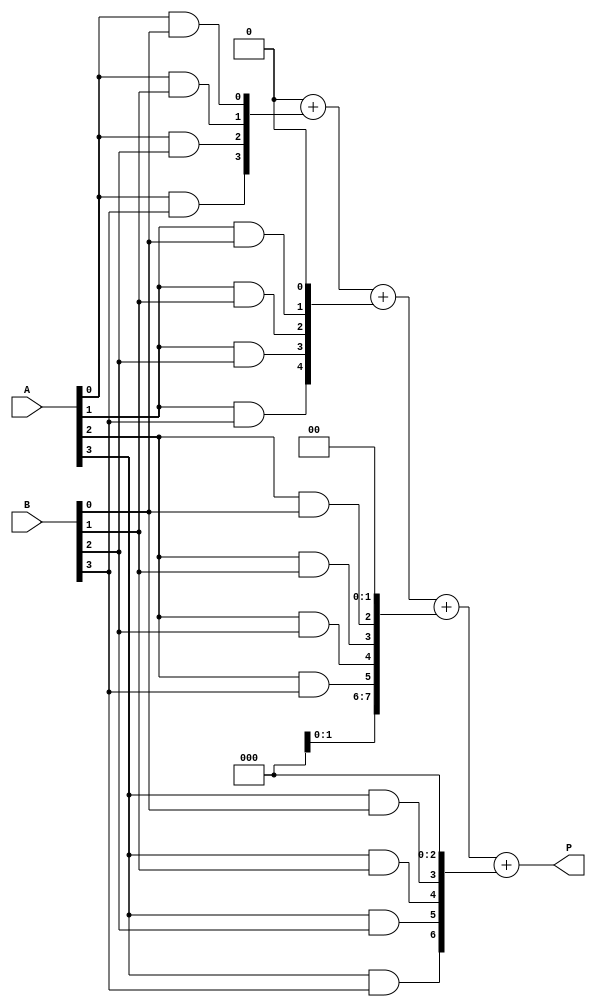
module array_multiplier #(parameter M = 4, // Number of bits for A
                          parameter N = 4  // Number of bits for B
                         ) (
    input [M-1:0] A, // Input A
    input [N-1:0] B, // Input B
    output reg [M+N-1:0] P // Output product
);

    // Intermediate partial products
    wire [M*N-1:0] pp [0:M-1]; // Partial products

    // Generate partial products
    genvar i, j;
    generate
        for (i = 0; i < M; i = i + 1) begin : partial_products
            for (j = 0; j < N; j = j + 1) begin : and_gates
                assign pp[i][j] = A[i] & B[j];
            end
        end
    endgenerate

    // Sum partial products
    reg [M+N-1:0] sum [0:M-1]; // To store sums
    integer k;
    always @(*) begin
        // Initialize sum to zero
        P = 0;

        // Add partial products shifted according to their position
        for (k = 0; k < M; k = k + 1) begin
            P = P + (pp[k] << k); // Shift and add partial products
        end
    end

endmodule